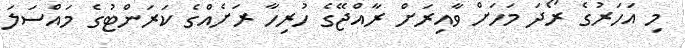
މި އަހަރުގެ ރޯދަ މަހަށް ވާއިރަށް ރާއްޖޭގެ ހުރިހާ ރަށެއްގެ ކަރަންޓުގެ މައްސަލަ